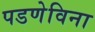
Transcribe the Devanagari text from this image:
पडणेविना